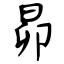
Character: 昴